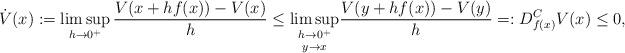
LaTeX: \begin{align*}\dot V(x)&:= \limsup_{h \to 0^+} \frac{ V(x+h f(x)) - V(x)} h \le \underset{y \to x}{\limsup_{h \to 0^+}} \frac{ V(y+h f(x)) - V(y)} h =: D_{f(x)}^C V(x) \le 0, \end{align*}